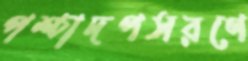
পশ্চাদপসরণে